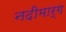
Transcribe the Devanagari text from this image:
नदीमार्ग